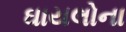
ઘાયલોના